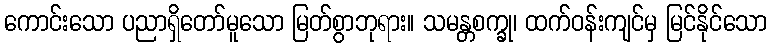
ကောင်းသော ပညာရှိတော်မူသော မြတ်စွာဘုရား။ သမန္တစက္ခု၊ ထက်ဝန်းကျင်မှ မြင်နိုင်သော